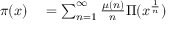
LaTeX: \begin{array} { r l } { \pi ( x ) } & { { } = \sum _ { n = 1 } ^ { \infty } { \frac { \mu ( n ) } { n } } \Pi ( x ^ { \frac { 1 } { n } } ) } \end{array}